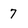
Character: 7